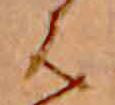
は